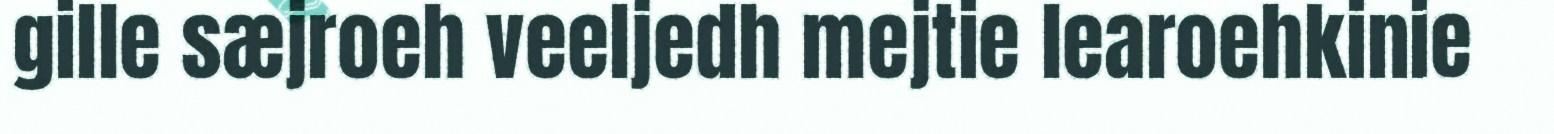
gille sæjroeh veeljedh mejtie learoehkinie